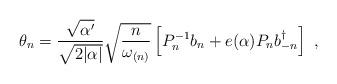
LaTeX: \begin{align*}\theta_{n}= \frac{\sqrt{\alpha'}}{\sqrt{2 |\alpha|}} \sqrt{\frac{n}{\omega_{(n)}}} \left[ P^{-1}_n b_n + e(\alpha) P_n b_{-n}^{\dagger} \right]~,\end{align*}